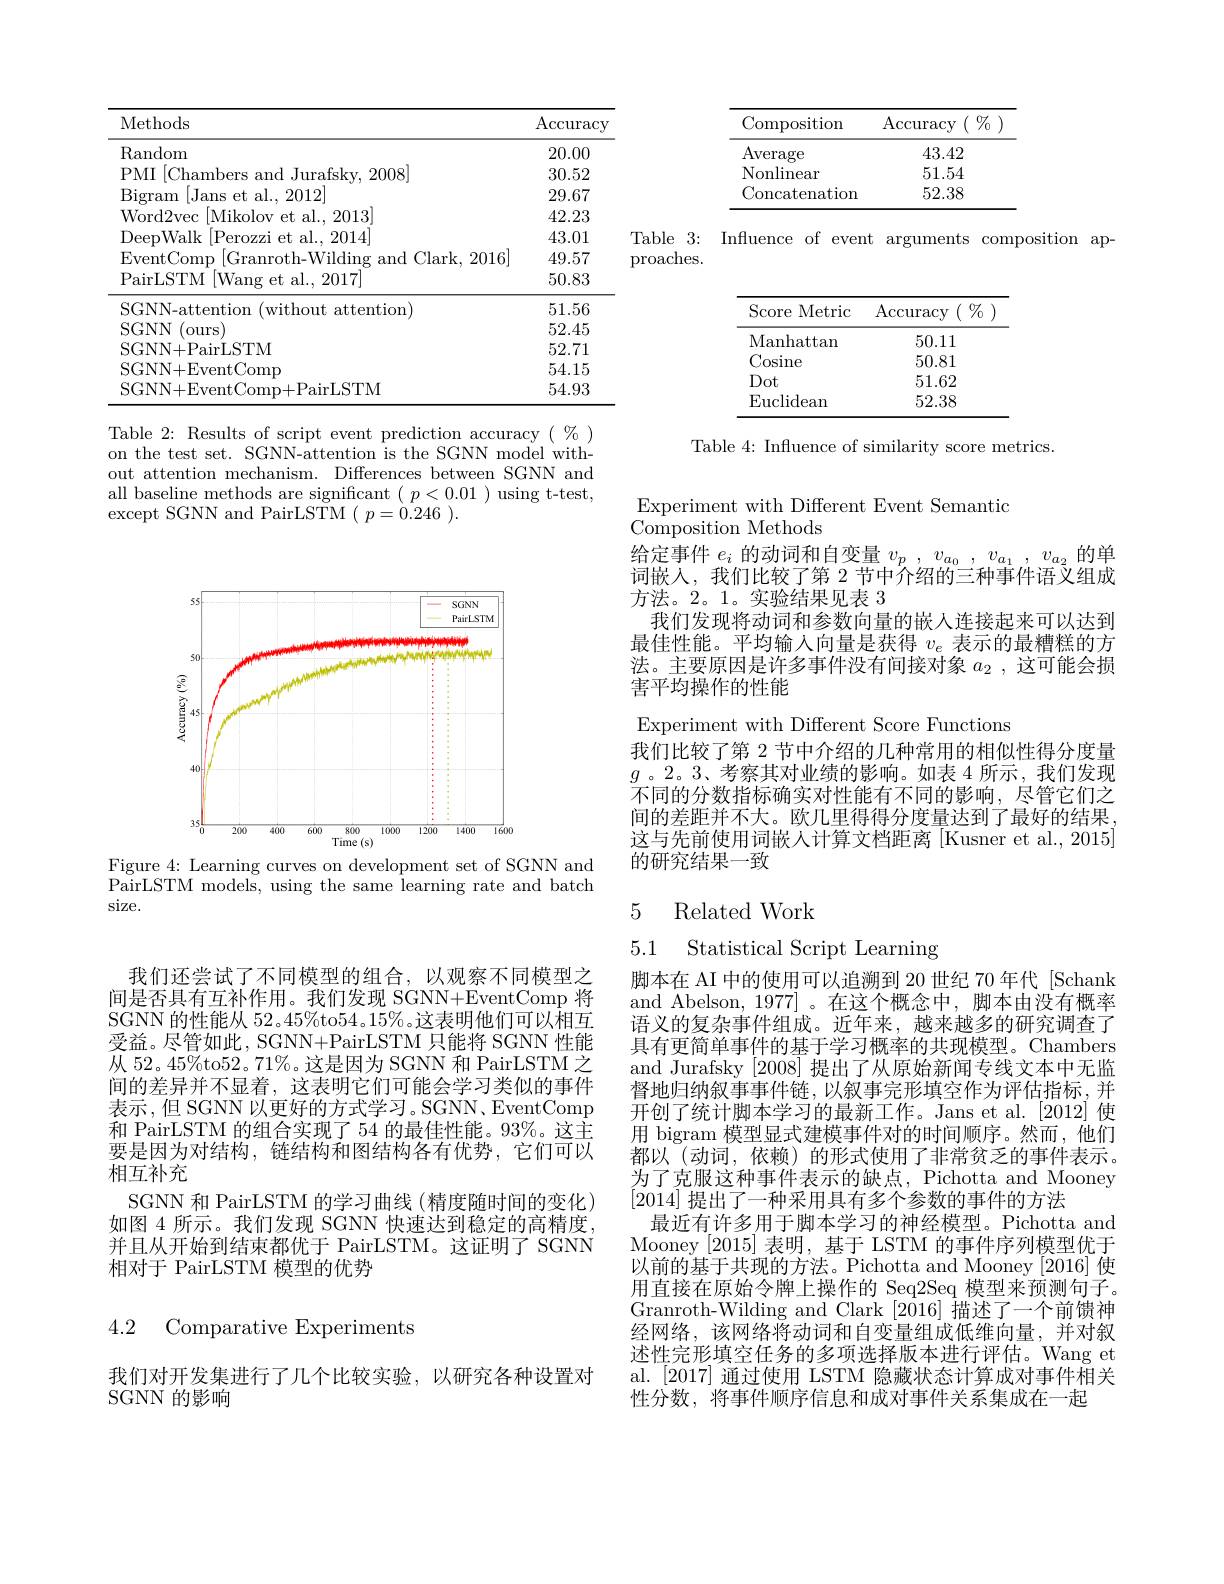
<table>
	<tbody>
		<tr>
			<th>Methods</th>
			<th>$\operatorname{Accuracy}$</th>
		</tr>
		<tr>
			<td>$\operatorname{Random}$</td>
			<td>20.00</td>
		</tr>
		<tr>
			<td>2008 DM $\because\ln\circ$</td>
			<td>30.52</td>
		</tr>
		<tr>
			<td>Jans 2012 $^{\circ }$am al</td>
			<td>29.67</td>
		</tr>
		<tr>
			<td>$\mathrm{Word2}_{\mathrm{Wer}}$ Mikolow al. . 2013</td>
			<td>42.23</td>
		</tr>
		<tr>
			<td>2014 al</td>
			<td>43.01</td>
		</tr>
		<tr>
			<td>FiventComr (llark $\%\%$ $-V$ amr</td>
			<td>49.57</td>
		</tr>
		<tr>
			<td>PairLSTM [Wang et al., 2017]</td>
			<td>50.83</td>
		</tr>
		<tr>
			<td>SCANN attention)</td>
			<td>51.56</td>
		</tr>
		<tr>
			<td>SGNN (ours)</td>
			<td>52.45</td>
		</tr>
		<tr>
			<td>SGNN+ PairLSTM</td>
			<td>52.71</td>
		</tr>
		<tr>
			<td>$S(TNN+H^{\prime})$ Comp</td>
			<td>54.15</td>
		</tr>
		<tr>
			<td>$S(TN)$ airLSTM</td>
			<td>54.93</td>
		</tr>
	</tbody>
</table>

Table 2: Results of script event prediction accuracy $(\begin{array}{c}\%\\0\end{array})$ on the test set. SGNN-attention is the SGNN model without attention mechanism. Differences between SGNN and all baseline methods are significant $(p<0.01)$ using t-test, except SGNN and PairLSTM $(p=0.246).$

<FigureHere>
Figure 4: Learning curves on development set of SGNN and

PairLSTM models, using the same learning rate and batch
size.

我们还尝试了不同模型的组合，以观察不同模型之间是否具有互补作用。我们发现 SGNN+EventComp 将SGNN 的性能从 52。45%to$54。15\%$。这表明他们可以相互受益。尽管如此，SGNN+PairLSTM 只能将 SGNN 性能从 52。45%to52。71%。这是因为 SGNN 和 PairLSTM 之间的差异并不显着，这表明它们可能会学习类似的事件表示，但 SGNN 以更好的方式学习。SGNN、EventComp 和 PairLSTM 的组合实现了 54 的最佳性能。93%。这主要是因为对结构，链结构和图结构各有优势，它们可以相互补充
SGNN 和 PairLSTM 的学习曲线 (精度随时间的变化) 如图 4 所示。我们发现 SGNN 快速达到稳定的高精度并且从开始到结束都优于 PairLSTM。这证明了 SGNN 相对于 PairLSTM 模型的优势

4.2 Comparative Experiments

我们对开发集进行了几个比较实验，以研究各种设置对
SGNN 的影响

<table>
	<tbody>
		<tr>
			<th>Composition</th>
			<th>$\operatorname{Accuracy}$ $\left(\begin{array}{c}0&0\\0&0\end{array}\right)$</th>
		</tr>
		<tr>
			<td>Average</td>
			<td>43.42</td>
		</tr>
		<tr>
			<td>Nonlinear</td>
			<td>51.54</td>
		</tr>
		<tr>
			<td>Concatenation</td>
			<td>52.38</td>
		</tr>
	</tbody>
</table>

Table 3: Influence of event arguments composition ap-
proaches.

<table>
	<tbody>
		<tr>
			<th>Score Metric</th>
			<th>$\operatorname{Accuracy}$ $\left(\begin{array}{c}{0}{7}\\{0}\end{array}\right)$</th>
		</tr>
		<tr>
			<td>Manhattan</td>
			<td>50.11</td>
		</tr>
		<tr>
			<td>Cosine</td>
			<td>50.81</td>
		</tr>
		<tr>
			<td>Dot</td>
			<td>51.62</td>
		</tr>
		<tr>
			<td>$\operatorname{Euclidean}$</td>
			<td>52.38</td>
		</tr>
	</tbody>
</table>

Table 4: Influence of similarity score metrics.

Experiment with Different Event Semantic
Composition Methods
给定事件$e_i$的动词和自变量$v_p$ , $v_{a_0}$ , $v_{a_1}$ , $v_{a_2}$的单词嵌入，我们比较了第 2 节中介绍的三种事件语义组成方法。2。1。实验结果见表 3
我们发现将动词和参数向量的嵌人连接起来可以达到最佳性能。平均输入向量是获得$v_e$表示的最糟糕的方法。主要原因是许多事件没有间接对象$a_2$,这可能会损害平均操作的性能
Experiment with Different Score Functions
我们比较了第 2 节中介绍的几种常用的相似性得分度量$g$ 。2。3、考察其对业绩的影响。如表 4 所示 ,我们发现不同的分数指标确实对性能有不同的影响，尽管它们之间的差距并不大。欧几里得得分度量达到了最好的结果这与先前使用词嵌人计算文档距离 [Kusner et al., 2015] 的研究结果一致

# 5 Related Work

5.1 Statistical Script Learning

脚本在 AI 中的使用可以追溯到 20 世纪 70 年代 [Schank and Abelson, 1977]。在这个概念中，脚本由没有概率语义的复杂事件组成。近年来，越来越多的研究调查了具有更简单事件的基于学习概率的共现模型。Chambers and Jurafsky $\lfloor2008\rfloor$提出了从原始新闻专线文本中无监督地归纳叙事事件链，以叙事完形填空作为评估指标，并开创了统计脚本学习的最新工作。Jans et al.[2012] 使用 bigram 模型显式建模事件对的时间顺序。然而，他们都以 (动词，依赖) 的形式使用了非常贫乏的事件表示。为了克服这种事件表示的缺点，Pichotta and Mooney [2014]提出了一种采用具有多个参数的事件的方法
最近有许多用于脚本学习的神经模型。Pichotta and Mooney [2015]表明，基于 LSTM 的事件序列模型优于以前的基于共现的方法。Pichotta and Mooney [2016] 使用直接在原始令牌上操作的 Seq2Seq 模型来预测句子。Granroth-Wilding and Clark [2016] 描述了一个前馈神经网络，该网络将动词和自变量组成低维向量，并对叙述性完形填空任务的多项选择版本进行评估。Wang et al. [2017] 通过使用 LSTM 隐藏状态计算成对事件相关性分数，将事件顺序信息和成对事件关系集成在一起